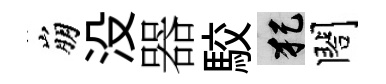
崩没器駮犯閤